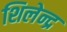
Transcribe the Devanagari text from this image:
शिलेन्द्र